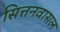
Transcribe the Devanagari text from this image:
सित्तनवासल